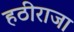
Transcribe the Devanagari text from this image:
हठीराजा